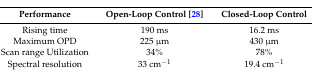
| Performance | Open-Loop Control [28] | Closed-Loop Control |
 | --- | --- | --- |
 | Rising time | 190 ms | 16.2 ms |
 | Maximum OPD | 225 μm | 430 μm |
 | Scan range Utilization | 34% | 78% |
 | Spectral resolution | 33 cm−1 | 19.4 cm−1 |